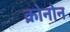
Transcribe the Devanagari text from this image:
क्रोनोन